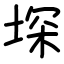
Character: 堔